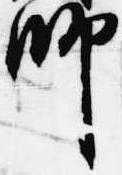
師